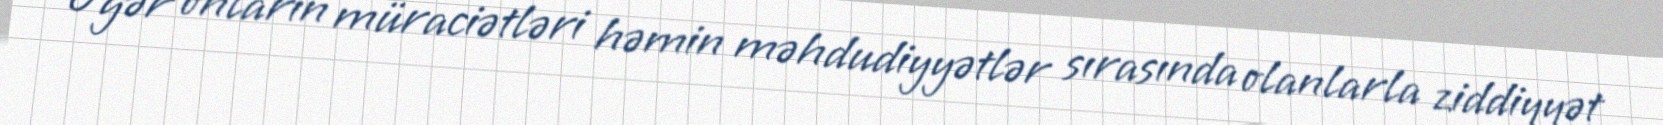
Əgər onların müraciətləri həmin məhdudiyyətlər sırasında olanlarla ziddiyyət